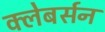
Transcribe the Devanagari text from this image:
क्लेबर्सन